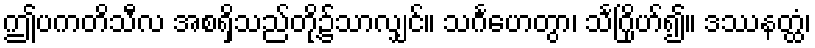
ဤပကတိသီလ အစရှိသည်တို့၌သာလျှင်။ သင်္ဂဟေတွာ၊ သင်္ဂြိုဟ်၍။ ဒဿနတ္ထံ၊